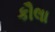
કૌલા